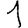
Digit: 1